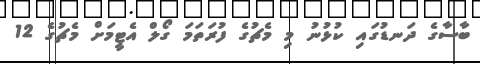
ބާސާގެ ދަނޑުގައި ކުޅުނު މި މެޗުގެ ފުރަތަމަ ގޯލް އެޓީމަށް މެޗުގެ 12